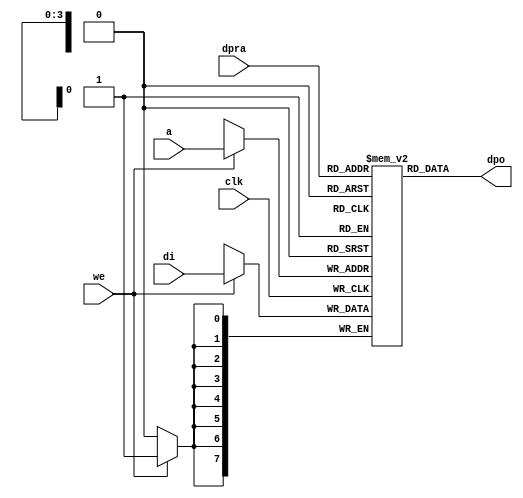
`ifndef _RAMINFR_V_
`define _RAMINFR_V_
//////////////////////////////////////////////////////////////////////
////                                                              ////
////  raminfr.v                                                   ////
////                                                              ////
////                                                              ////
////  This file is part of the "UART 16550 compatible" project    ////
////  http://www.opencores.org/cores/uart16550/                   ////
////                                                              ////
////  Documentation related to this project:                      ////
////  - http://www.opencores.org/cores/uart16550/                 ////
////                                                              ////
////  Projects compatibility:                                     ////
////  - WISHBONE                                                  ////
////  RS232 Protocol                                              ////
////  16550D uart (mostly supported)                              ////
////                                                              ////
////  Overview (main Features):                                   ////
////  Inferrable Distributed RAM for FIFOs                        ////
////                                                              ////
////  Known problems (limits):                                    ////
////  None                .                                       ////
////                                                              ////
////  To Do:                                                      ////
////  Nothing so far.                                             ////
////                                                              ////
////  Author(s):                                                  ////
////      - gorban@opencores.org                                  ////
////      - Jacob Gorban                                          ////
////                                                              ////
////  Last Updated:   2002/07/22                                  ////
////                  (See log for the revision history)          ////
////                                                              ////
////                                                              ////
//////////////////////////////////////////////////////////////////////
////                                                              ////
//// Copyright (C) 2000, 2001 Authors                             ////
////                                                              ////
//// This source file may be used and distributed without         ////
//// restriction provided that this copyright statement is not    ////
//// removed from the file and that any derivative work contains  ////
//// the original copyright notice and the associated disclaimer. ////
////                                                              ////
//// This source file is free software; you can redistribute it   ////
//// and/or modify it under the terms of the GNU Lesser General   ////
//// Public License as published by the Free Software Foundation; ////
//// either version 2.1 of the License, or (at your option) any   ////
//// later version.                                               ////
////                                                              ////
//// This source is distributed in the hope that it will be       ////
//// useful, but WITHOUT ANY WARRANTY; without even the implied   ////
//// warranty of MERCHANTABILITY or FITNESS FOR A PARTICULAR      ////
//// PURPOSE.  See the GNU Lesser General Public License for more ////
//// details.                                                     ////
////                                                              ////
//// You should have received a copy of the GNU Lesser General    ////
//// Public License along with this source; if not, download it   ////
//// from http://www.opencores.org/lgpl.shtml                     ////
////                                                              ////
//////////////////////////////////////////////////////////////////////
//
// CVS Revision History
//
// $Log: raminfr.v,v $
// Revision 1.2  2002/07/29 21:16:18  gorban
// The uart_defines.v file is included again in sources.
//
// Revision 1.1  2002/07/22 23:02:23  gorban
// Bug Fixes:
//  * Possible loss of sync and bad reception of stop bit on slow baud rates fixed.
//   Problem reported by Kenny.Tung.
//  * Bad (or lack of ) loopback handling fixed. Reported by Cherry Withers.
//
// Improvements:
//  * Made FIFO's as general inferrable memory where possible.
//  So on FPGA they should be inferred as RAM (Distributed RAM on Xilinx).
//  This saves about 1/3 of the Slice count and reduces P&R and synthesis times.
//
//  * Added optional baudrate output (baud_o).
//  This is identical to BAUDOUT* signal on 16550 chip.
//  It outputs 16xbit_clock_rate - the divided clock.
//  It's disabled by default. Define UART_HAS_BAUDRATE_OUTPUT to use.
//

// synopsys translate_off
`timescale 1ns/1ns
// synopsys translate_on

//Following is the Verilog code for a dual-port RAM with asynchronous read. 
module raminfr   
        (clk, we, a, dpra, di, dpo); 

parameter addr_width = 4;
parameter data_width = 8;
parameter depth = 16;

input clk;   
input we;   
input  [addr_width-1:0] a;   
input  [addr_width-1:0] dpra;   
input  [data_width-1:0] di;   
//output [data_width-1:0] spo;   
output [data_width-1:0] dpo;   
reg    [data_width-1:0] ram [depth-1:0]; 

wire [data_width-1:0] dpo;
wire  [data_width-1:0] di;   
wire  [addr_width-1:0] a;   
wire  [addr_width-1:0] dpra;   
 
  always @(posedge clk) begin   
    if (we)   
      ram[a] <= di;   
  end   
//  assign spo = ram[a];   
  assign dpo = ram[dpra];   
endmodule 
`endif